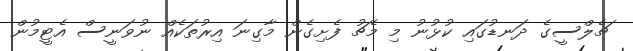
ޗެލްސީގެ ދަނޑުގައި ކުޅުނު މި މެޗު ފެށިގެން މާގިނަ އިރުތަކެއް ނުވަނީސް އެޓީމުން